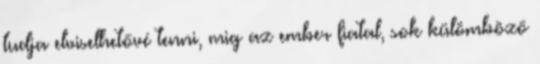
tudja elviselhetővé tenni, mig az ember fiatal, sok külömböző